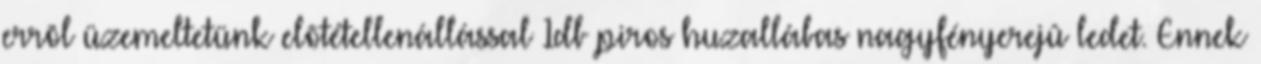
errõl üzemeltetünk elõtétellenállással 1db piros huzallábas nagyfényerejû ledet. Ennek